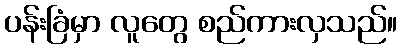
ပန်းခြံမှာ လူတွေ စည်ကားလှသည်။